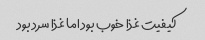
کیفیت غذا خوب بود اما غذا سرد بود